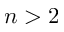
n > 2